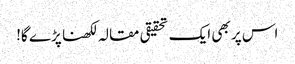
اس پر بھی ایک تحقیقی مقالہ لکھنا پڑے گا!